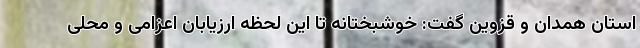
استان همدان و قزوین گفت: خوشبختانه تا این لحظه ارزیابان اعزامی و محلی